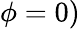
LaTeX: \phi=0)